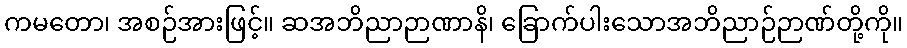
ကမတော၊ အစဉ်အားဖြင့်။ ဆအဘိညာဉာဏာနိ၊ ခြောက်ပါးသောအဘိညာဉ်ဉာဏ်တို့ကို။